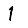
Digit: 1